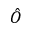
\hat { O }